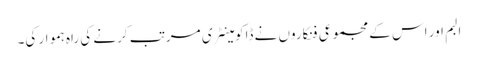
البم اور اس کے مجموعی فنکاروں نے ڈاکومینٹری مرتب کرنے کی راہ ہموار کی۔